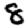
Digit: 8